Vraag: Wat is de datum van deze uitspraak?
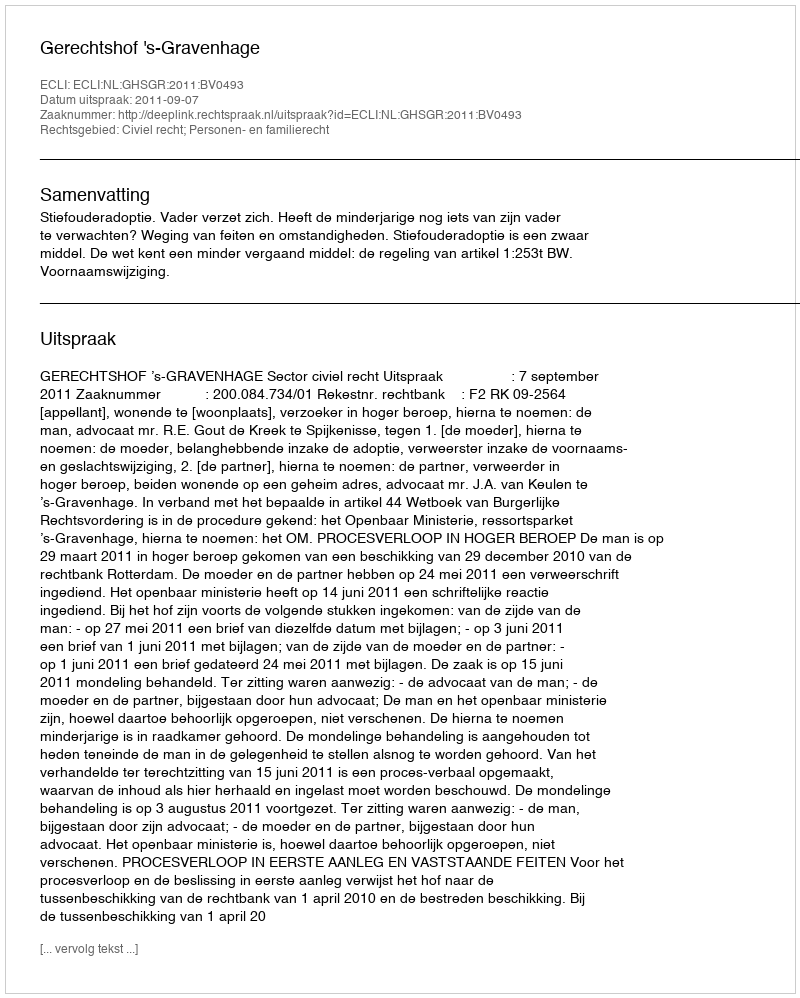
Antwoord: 2011-09-07